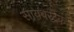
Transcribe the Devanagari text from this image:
सायबरटेक